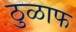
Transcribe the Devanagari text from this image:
ठुळाफ